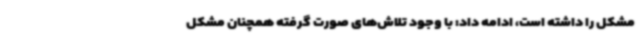
مشکل را داشته است، ادامه داد: با وجود تلاش‌های صورت گرفته همچنان مشکل